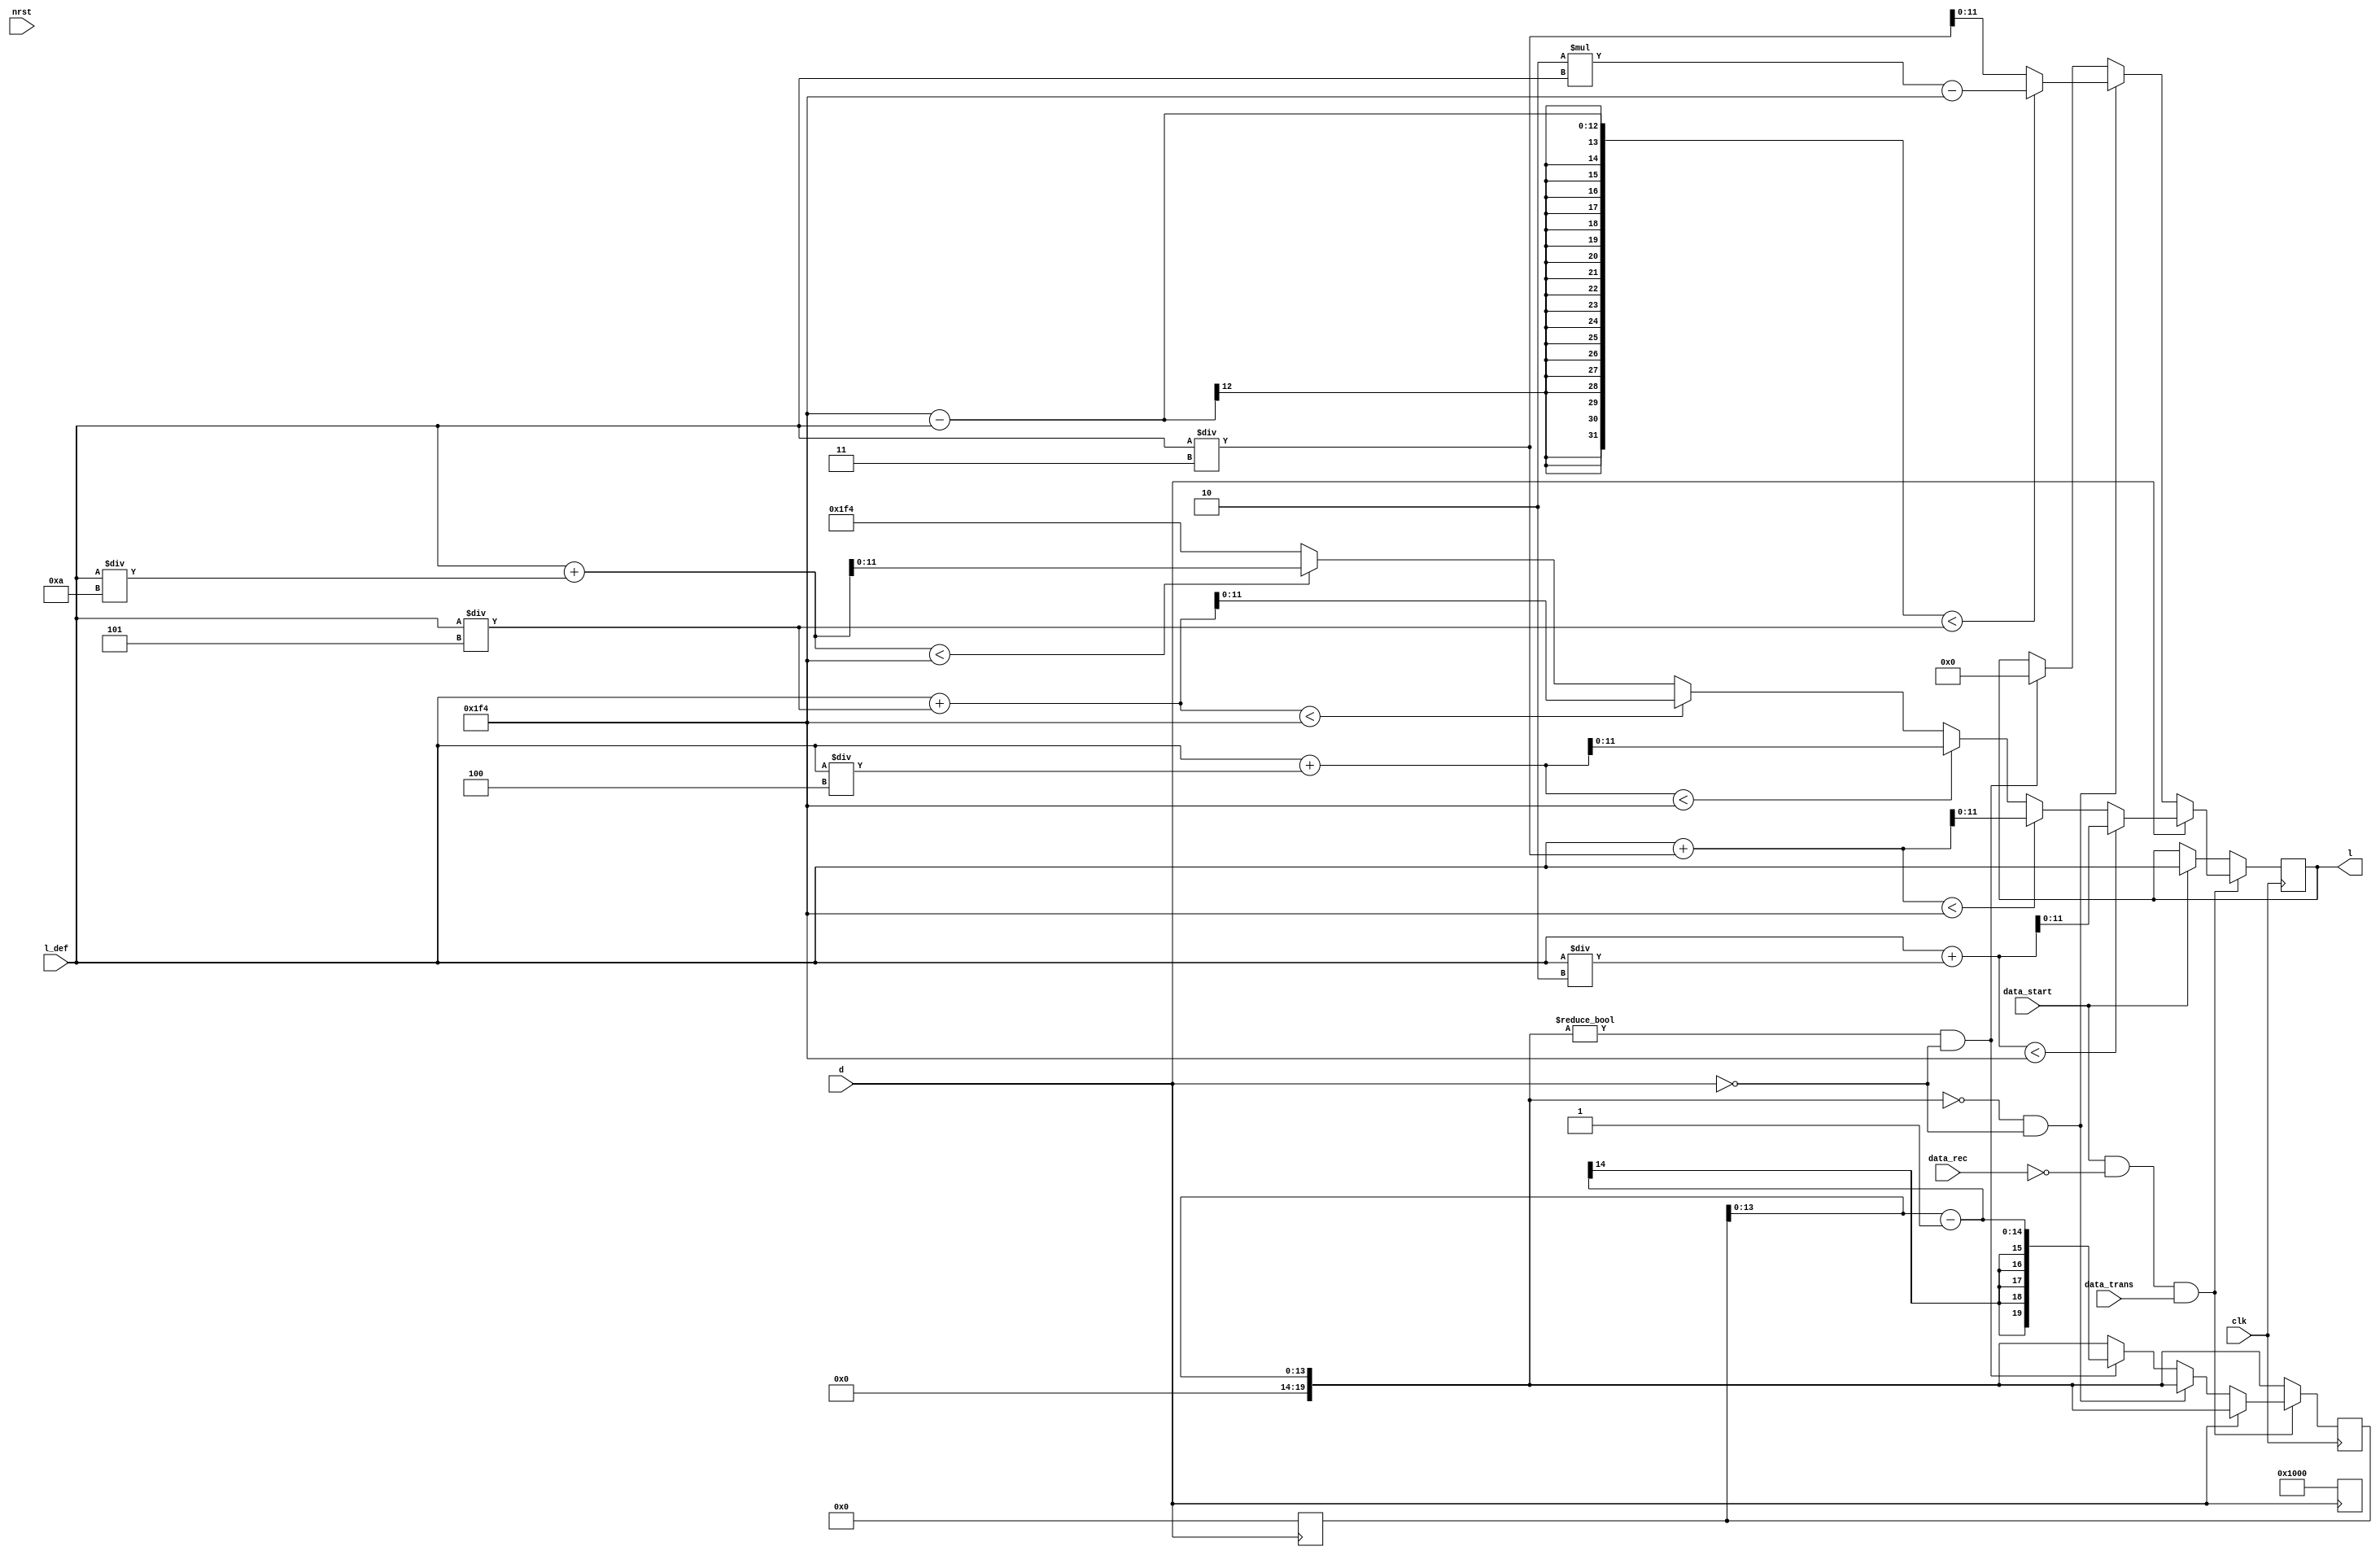
`timescale 1ps/1ps

module CalcL (
	input wire clk,
	input wire nrst,
	input wire data_start,
	input wire data_trans,
	input wire data_rec,
	input wire [11:0] l_def,
	input wire d,
	output wire [11:0] l
	);

	reg [19:0] cnt_pos_d = 20'h0;
	reg [19:0] cnt_neg_d = 20'h0;
	reg [11:0] l_reg = 0;

	always @(posedge d)begin
		cnt_pos_d <= 20'h3000;
		cnt_neg_d <= 0;
	end

	always @(negedge d)begin
		cnt_pos_d <= 0;
		cnt_neg_d <= 20'h3000;
	end

	always @(posedge clk)begin
		if(data_start && ~data_rec && data_trans)begin
			if(cnt_pos_d == 20'h0 && d == 1)begin
				if((l_def + l_def/2) < 20'h1F4)begin
					l_reg <= l_def + l_def/2;
				end
				else if((l_def + l_def/3) < 20'h1F4)begin
					l_reg <= l_def + l_def/3;
				end
				else if((l_def + l_def/4) < 20'h1F4)begin
					l_reg <= l_def + l_def/4;
				end
				else if((l_def + l_def/5) < 20'h1F4)begin
					l_reg <= l_def + l_def/5;
				end
				else if((l_def + l_def/10) < 20'h1F4)begin
					l_reg <= l_def + l_def/10;
				end
				else begin
					l_reg <= 20'h1F4;
				end
			end
			else if(cnt_neg_d == 20'h0 && d == 0)begin
				if(20'h1F4 - l_def < l_def/5)begin
					l_reg <= 2*l_def - 20'h1F4;
				end
				else begin
					l_reg <= l_def/3; 
				end
			end
			else if(cnt_pos_d != 20'h0 && d == 1)begin
				cnt_pos_d <= cnt_pos_d - 1;
				l_reg <= 20'h1F4;
			end
			else if(cnt_neg_d != 20'h0 && d == 0)begin
				cnt_neg_d <= cnt_neg_d - 1;
				l_reg <= 20'h0;
			end
		end
		else if(data_start)begin
			l_reg <= l_def;
		end
	end
	assign l = l_reg;
endmodule